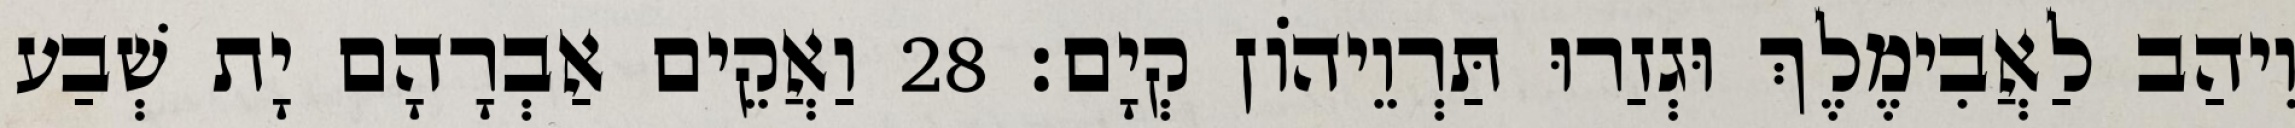
וִיהַב לַאֲבִימֶלֶךְ וּגְזַרוּ תַּרְוֵיהוֹן קְיָם׃ 28 וַאֲקֵים אַבְרָהָם יָת שְׁבַע